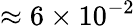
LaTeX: \approx 6\times 10^{-2}